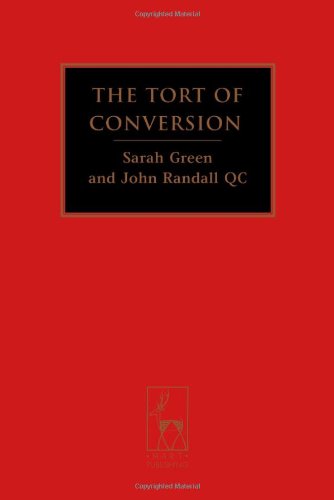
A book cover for The Tort of Conversion; Sarah Green; Law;